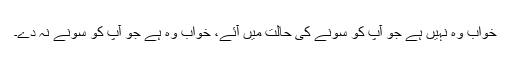
خواب وہ نہیں ہے جو آپ کو سونے کی حالت میں آئے، خواب وہ ہے جو آپ کو سونے نہ دے۔